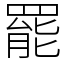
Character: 罷